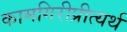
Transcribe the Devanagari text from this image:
कामगिरीप्रीत्यर्थ